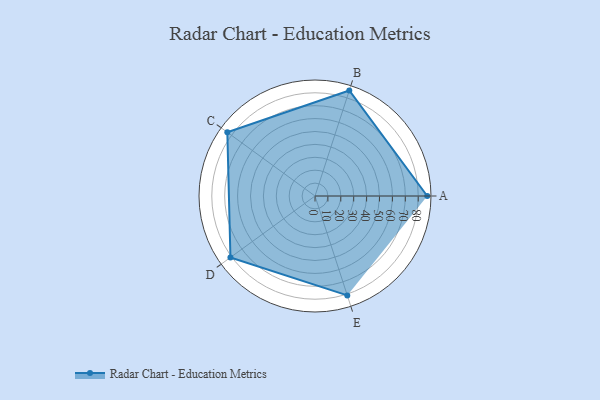
{"axis": {"x": "Skill", "y": "Score"}, "legend": ["Profile"], "data": [{"x": "A", "y": 87.0, "type": "Profile"}, {"x": "B", "y": 86.0, "type": "Profile"}, {"x": "C", "y": 84.0, "type": "Profile"}, {"x": "D", "y": 81.0, "type": "Profile"}, {"x": "E", "y": 81.0, "type": "Profile"}]}